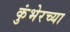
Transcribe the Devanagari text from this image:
कुंभेरच्या